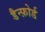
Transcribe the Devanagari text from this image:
डैन्फ़ोर्ड